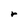
Character: r